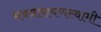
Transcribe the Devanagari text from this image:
भवनारायणस्‍वामी